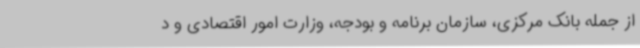
از جمله بانک مرکزی، سازمان برنامه و بودجه، وزارت امور اقتصادی و د